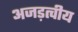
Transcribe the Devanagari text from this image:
अजड़त्वीय